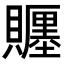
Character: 𧸪